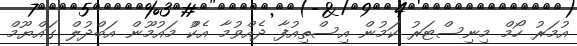
އުމަރު ހޯމް މިނިސްޓަރު ކަމުން އިސްތިއުފާ ދެއްވުމާ އެކުް މައުމޫން އަބްދުލް ގައްޔޫމް